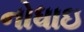
નોધાઇ